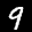
Label: 9